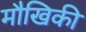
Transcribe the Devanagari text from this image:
मौखिकी